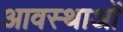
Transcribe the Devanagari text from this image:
आवस्थाओं